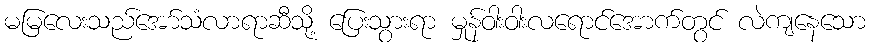
မမြလေးသည်အော်သံလာရာဆီသို့ ပြေးသွားရာ မှုန်ဝါးဝါးလရောင်အောက်တွင် လဲကျနေသော